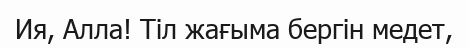
Ия, Алла! Тіл жағыма бергін медет,